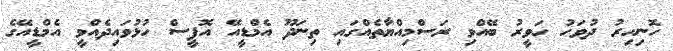
ހޮނިހިރު ދުވަހު ހަވީރު ބޭއްވި ރަސްމިއްޔާތެއްގައި ތިނަދޫ އެމްޑީއޭ އޮފީސް ހުޅުވައިދެއްވީ އެމްޑީއޭގެ